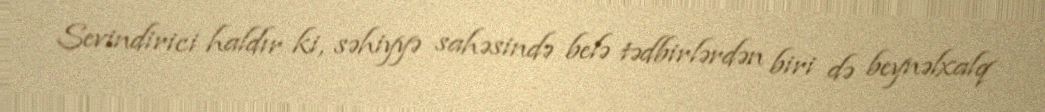
Sevindirici haldır ki, səhiyyə sahəsində belə tədbirlərdən biri də beynəlxalq